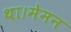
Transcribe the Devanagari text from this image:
था।मेमन